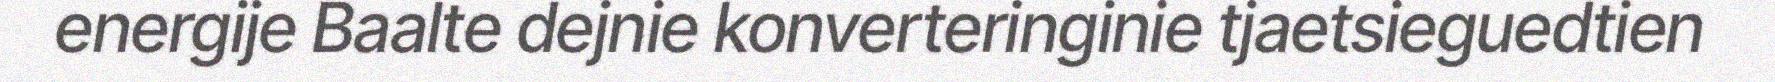
energije Baalte dejnie konverteringinie tjaetsieguedtien